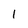
Character: 1